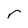
Character: r